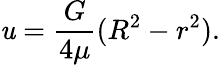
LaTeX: \mathit{u}={\frac{{G}}{{4\mu}}}(R^{2}-r^{2}).